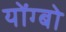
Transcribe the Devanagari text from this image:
योंग्बो